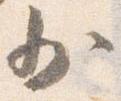
少